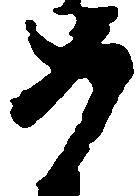
如